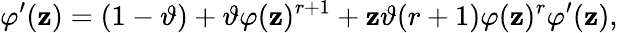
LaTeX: \varphi^{\prime}(\mathbf{z})=(1-\vartheta)+\vartheta\varphi(\mathbf{z})^{r+1}+\mathbf{z}\vartheta(r+1)\varphi(\mathbf{z})^{r}\varphi^{\prime}(\mathbf{z}),